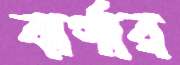
বার্গার